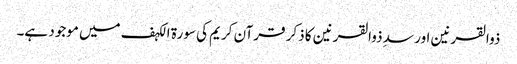
ذوالقرنین اور سدِ ذوالقرنین کا ذکر قرآن کریم کی سورة الکہف میں موجود ہے۔